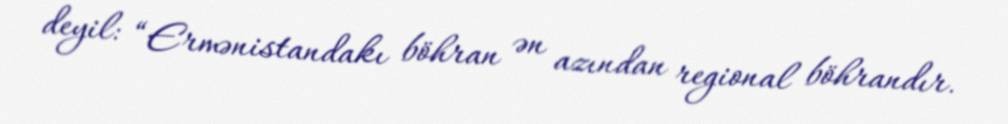
deyil: “Ermənistandakı böhran ən azından regional böhrandır.